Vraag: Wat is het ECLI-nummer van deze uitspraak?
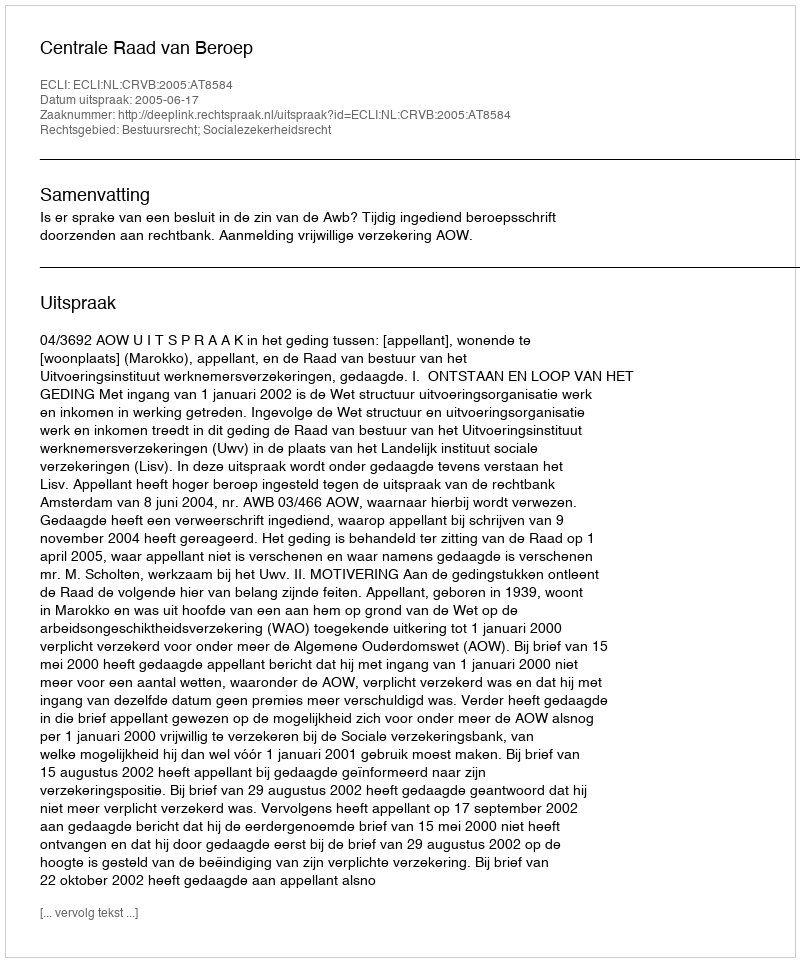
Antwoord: ECLI:NL:CRVB:2005:AT8584